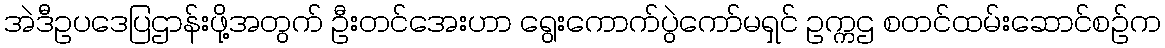
အဲဒီဥပဒေပြဌာန်းဖို့အတွက် ဦးတင်အေးဟာ ရွေးကောက်ပွဲကော်မရှင် ဥက္ကဌ စတင်ထမ်းဆောင်စဉ်က